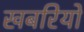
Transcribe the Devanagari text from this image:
खबरियों